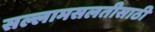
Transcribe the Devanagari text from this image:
सल्लामसलतीसाठी